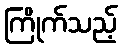
ကြိုက်သည့်